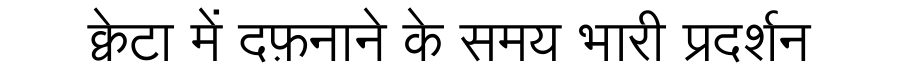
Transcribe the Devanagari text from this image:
क्वेटा में दफ़नाने के समय भारी प्रदर्शन